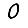
Digit: 0